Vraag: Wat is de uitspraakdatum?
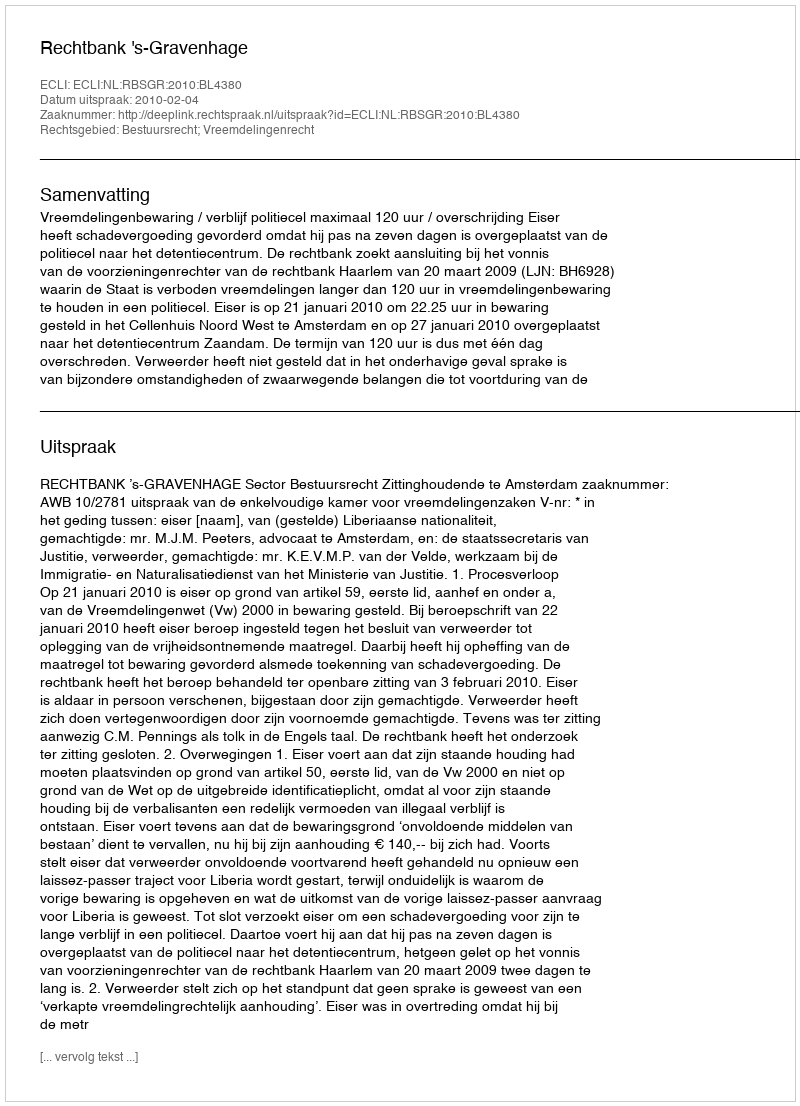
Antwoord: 2010-02-04